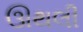
ઊથલી